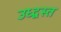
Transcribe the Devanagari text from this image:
उध्द्वस्त